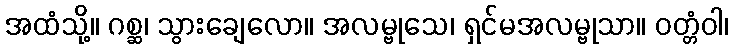
အထံသို့။ ဂစ္ဆ၊ သွားချေလော။ အလမ္ဗုသေ၊ ရှင်မအလမ္ဗုသာ။ ဝတ္တံဝါ၊